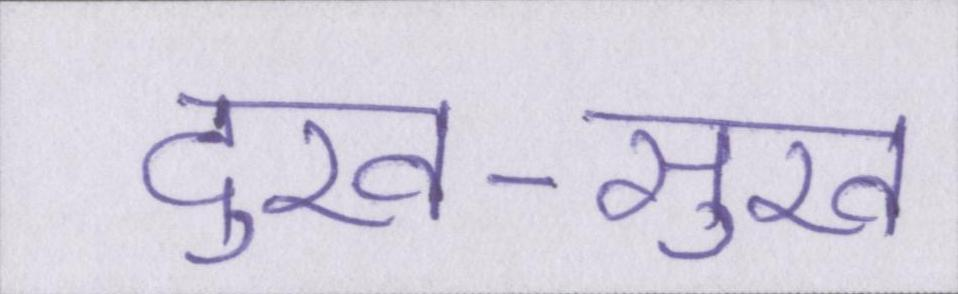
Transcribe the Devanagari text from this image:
दुख-सुख